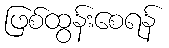
ဖြစ်ထွန်းစေရန်